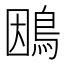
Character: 𮬴